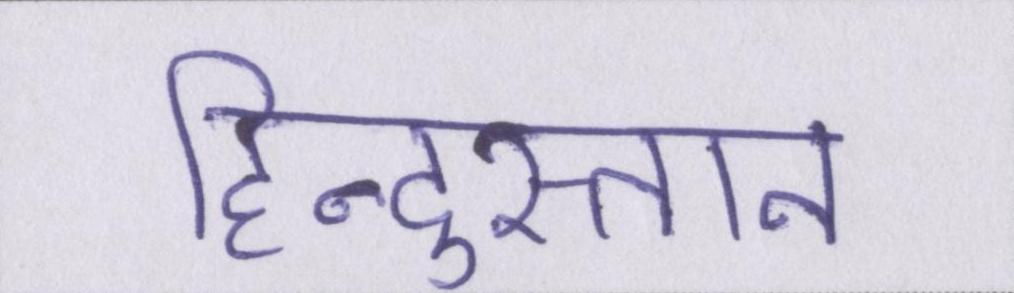
हिन्दुस्तान